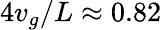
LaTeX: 4v_{g}/L\approx 0.82